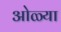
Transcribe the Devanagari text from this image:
ओळ्या